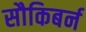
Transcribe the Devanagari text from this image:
सौकिबर्न